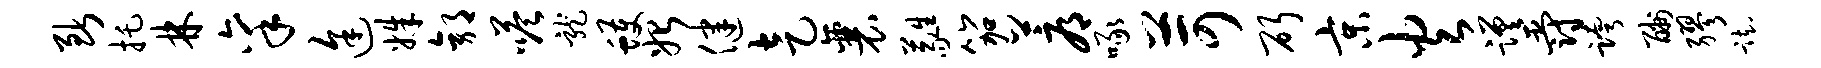
断托林禀途姝郭嗒龙蠖始健走襄蕤笳蓐啄苛斫京火蹉爵跨酬缪踟